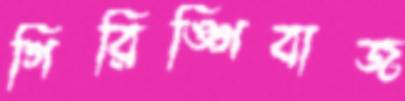
গিরিঙ্গিবাজ